Vabadussoja_Ajaloo_Komitee, lk 10
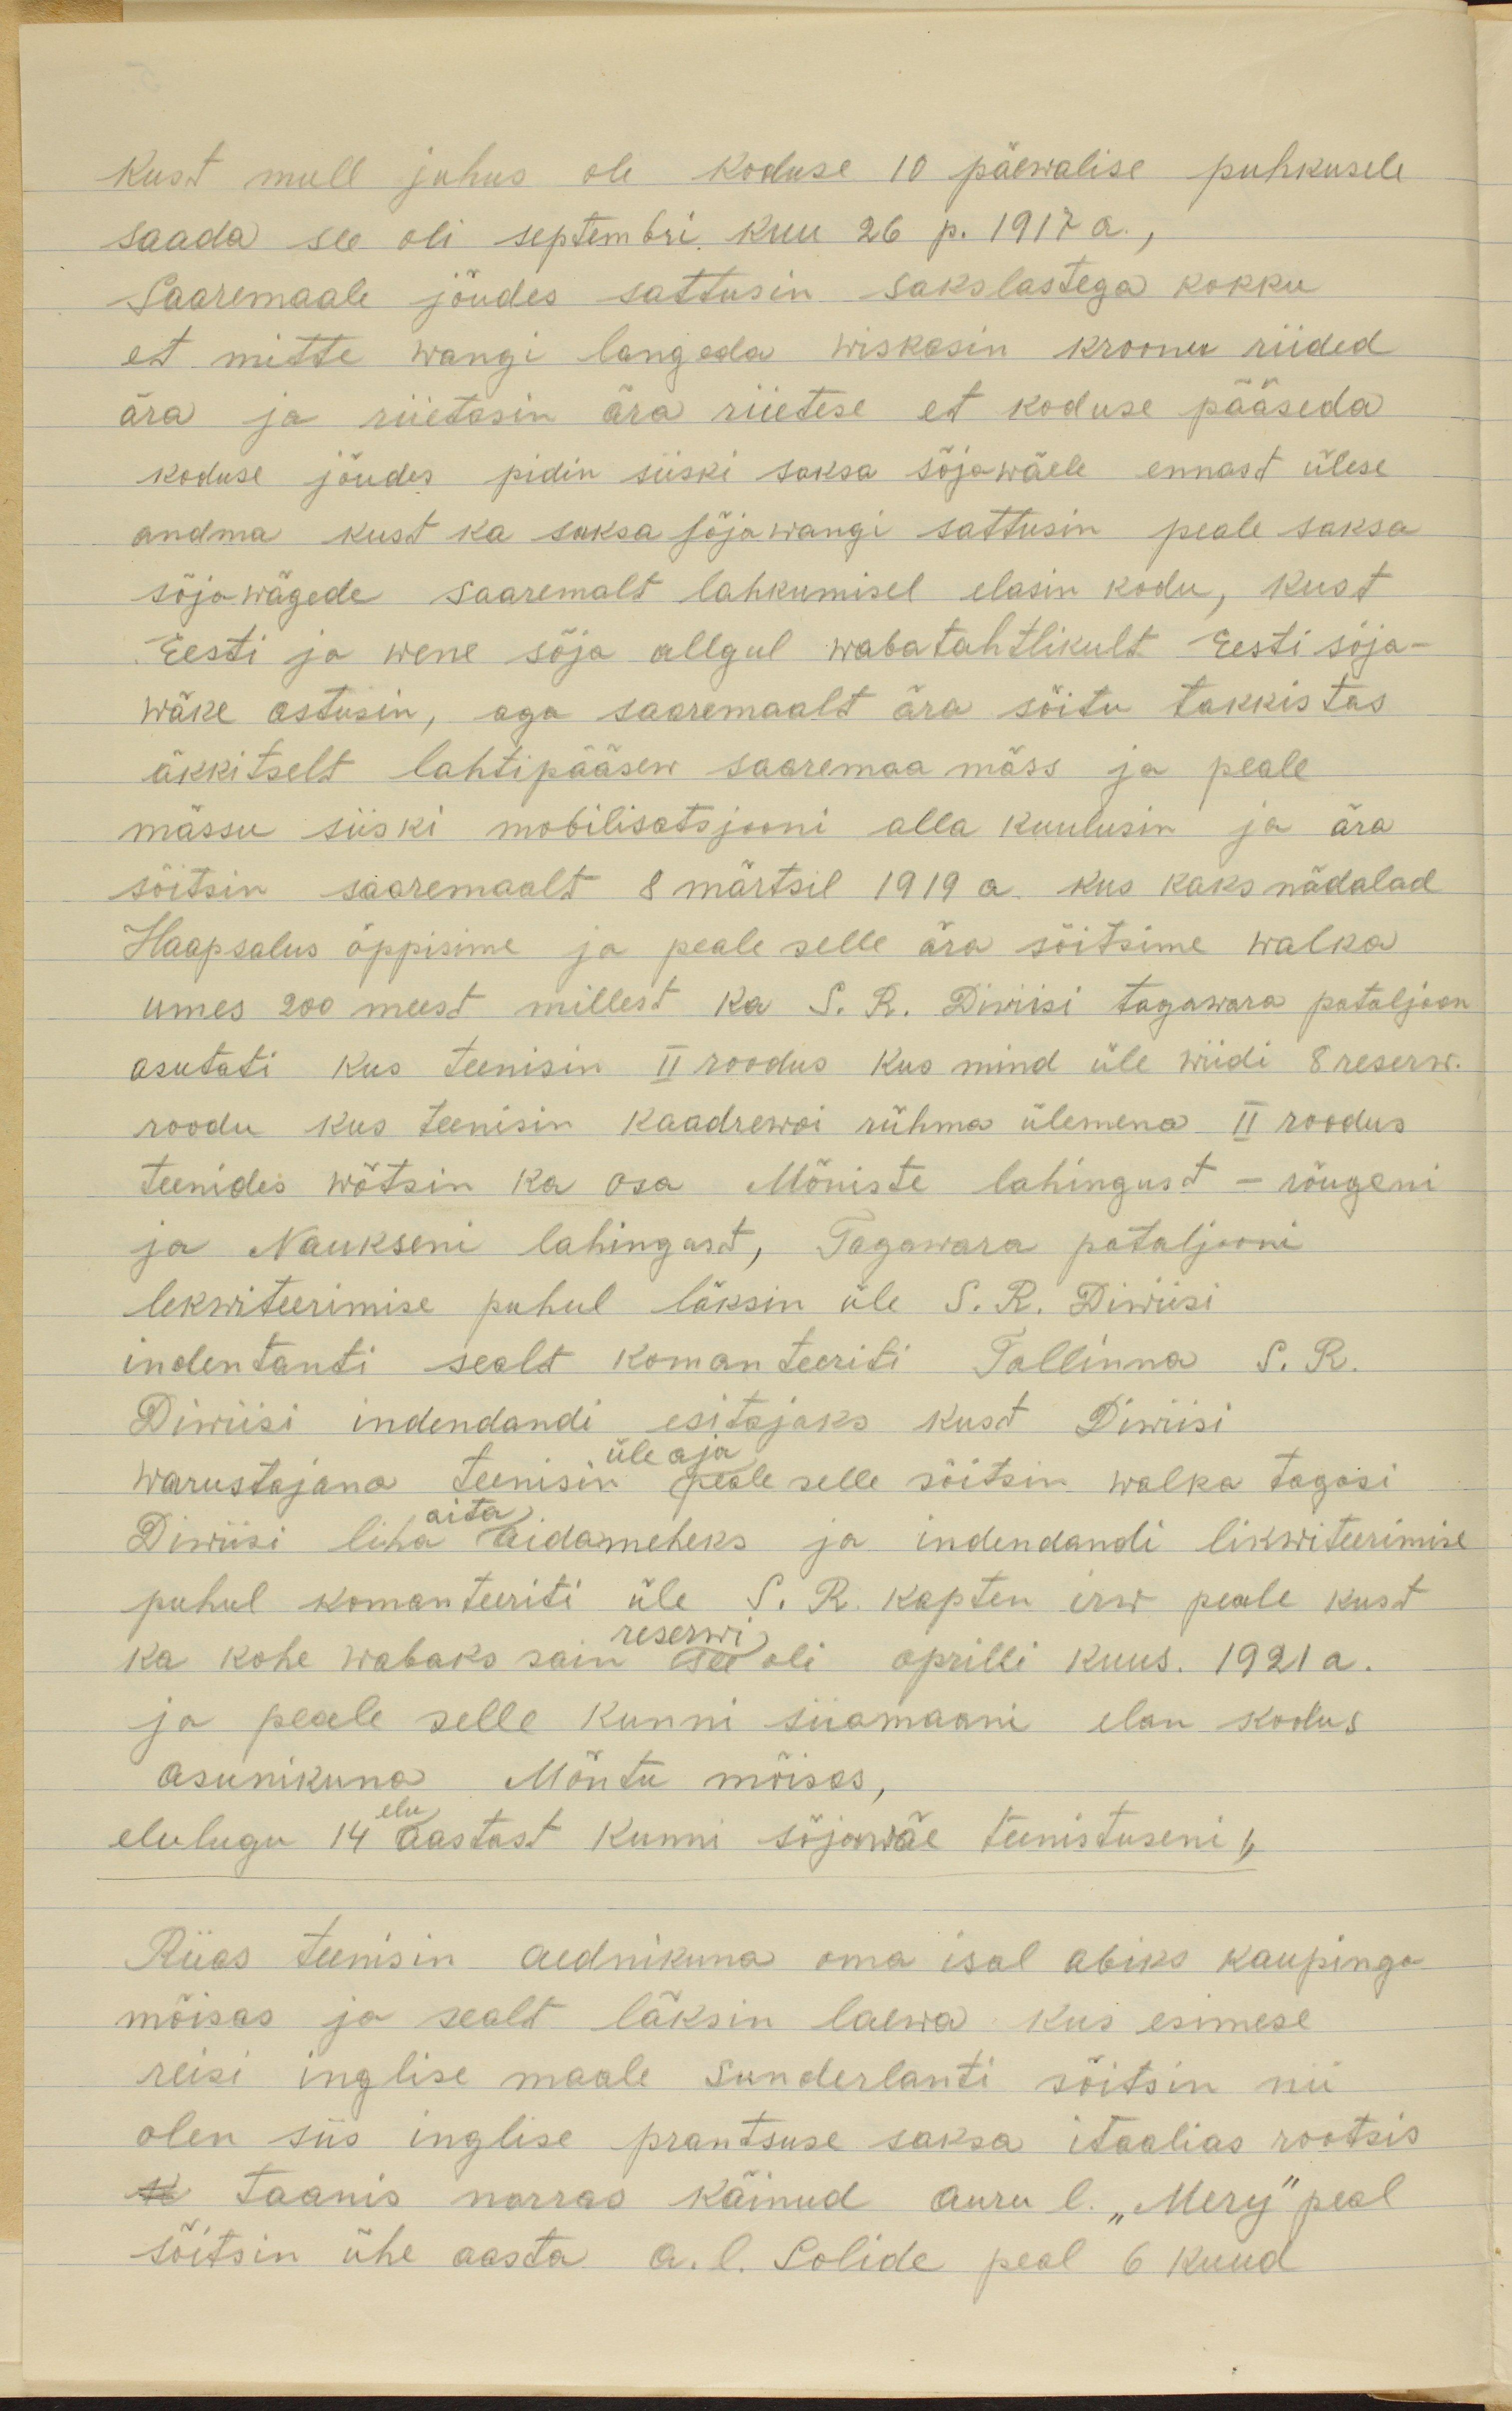
Kust mull juhus oli koduse 10 päewalise puhkusele
saada see oli septembri kuu 26 p. 1917 a.,
Saaremaale jõudes sattusin sakslastega kokku
et mitte wangi langeda wiskasin kroonu riided
ära ja süütasin ära riietese et koduse pääseda
koduse jõudes pidin siiski saksa sõjawäele ennast ülese
andma kust ka saksa sõjawangi sattusin peale saksa
sõjawägede saaremalt lahkumisel elasin kodu, kust
Eesti ja wene sõja allgul wabatahtlikult Eesti sõja-
wäke astusin, aga saaremaalt ära sõitu takkistas
äkkitselt lahtipääsew saaremaa mäss ja peale
mässu siiski mobilisatsjooni alla kuulusin ja ära
sõitsin saaremalt 8 märtsil 1919 a. kus kaks nädalad
Haapsalus õppisime ja peale selle ära sõitsime Walka
umes 200 meest millest ka S. R. Diviisi tagawara pataljoon
asutati kus teenisin II roodus kus mind üle wiidi 8 reserw.
roodu kus teenisin kaadrewoi rühma ülemena II roodus
teenides wõtsin ka osa Mõniste lahingust - rõugeni
ja Naukseni lahingust, Tagawara pataljooni 
lekwiteerimise puhul läksin üle S. R. Diwiisi
indentanti sealt komanteeriti Tallinna S. R.
Diwiisi indendandi esitajaks kust Diwiisi
üle aja
warustajana teenisin peale selle sõitsin walka tagasi
Diwiisi liha aidameheks ja indendandi likwiteerimise
puhul komanteeriti üle S. R. kapten irw peale kust
reserwi
ka kohe wabaks sain see oli aprilli kuus. 1921 a.
ja peale selle kunni siiamaani elan kodus
asunikuna Mõntu mõisas,
elulugu 14 aastast kunni sõjawäe teenistuseni,
Riias teenisin aednikuna oma isal abiks kaupinga
mõisas ja sealt läksin laewa kus esimese
reisi inglise maale Sunderlanti sõitsin nii
olen siis inglise prantsuse saksa itaalias rootsis
K taanis norras käinud auru l. "Mery" peal
sõitsin ühe aasta a. l. Solide peal 6 kuud